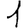
Digit: 1